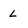
Character: L